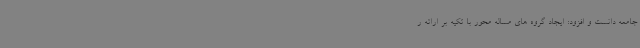
جامعه دانست و افزود: ایجاد گروه های مساله محور با تکیه بر ارائه ر